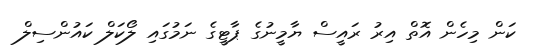
ކަން މިހެން އޮތް އިރު ރައީސް ޔާމީނުގެ ޕާޓީގެ ނަމުގައި ލޯކަލް ކައުންސިލް